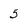
Character: 5